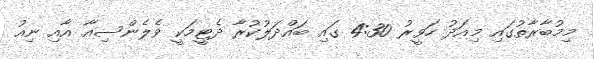
މިމުބާރާތުގައި މިއަދު ހަވީރު 4:30 ގައި ބައްދަލުކުރާ ދެޓީމަކީ ވެލެންސިއާ އާއި ނިއު